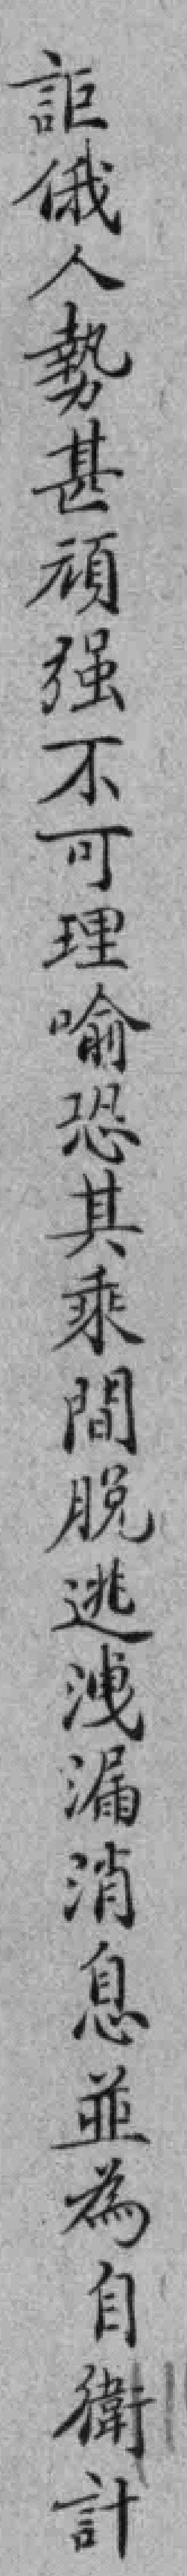
詎俄人勢甚頑强不可理喻恐其乘間脫逃洩漏消息並為自衛計